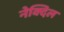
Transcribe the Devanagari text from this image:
नेक्दिल